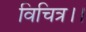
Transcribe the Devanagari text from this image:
विचित्र।।